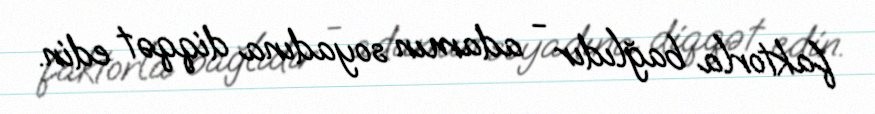
faktorla bağlıdır - adamın soyadına diqqət edin.